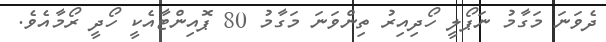
ދެވަނަ މަގާމު ނަޕޯލީ ހޯދިއިރު ތިންވަނަ މަގާމު 80 ޕޮއިންޓާއެކީ ހޯދީ ރޯމާއެވެ.